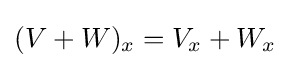
(V+W)_{x}=V_{x}+W_{x}